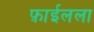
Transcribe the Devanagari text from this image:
फ़ाईलला